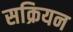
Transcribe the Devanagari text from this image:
सक्रियन